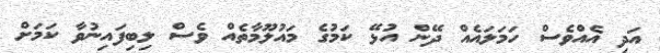
އަދި އެއްވެސް ހަމަލައެއް ދޭން އުޅޭ ކަމުގެ މައުލޫމާތެއް ވެސް ލިބިފައިނުވާ ކަމަށް